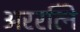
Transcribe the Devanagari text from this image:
अररत्नि